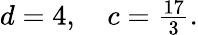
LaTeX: \begin{array}{r}{d=4,\quad c=\frac{17}{3}.}\end{array}